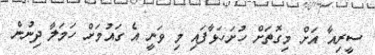
ސީރިއާ އަށް މިގޮތަށް ހުށަހަޅާފައި މި ވަނީ އެ ގައުމަށް ހަމަލާ ދިނުން